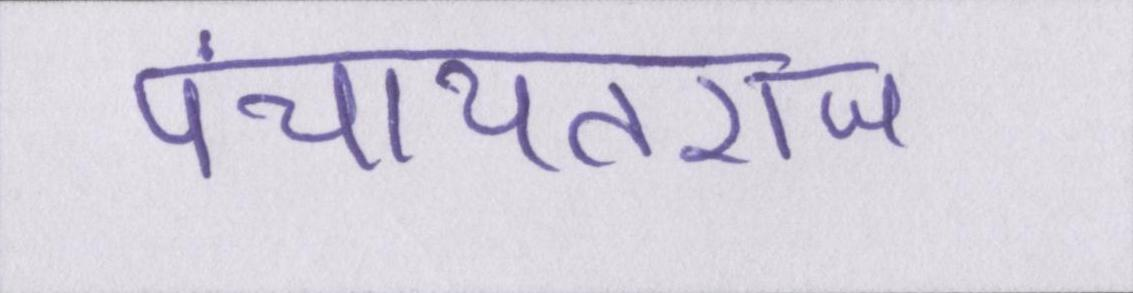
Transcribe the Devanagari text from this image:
पंचायतराज